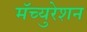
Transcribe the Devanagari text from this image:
मॅच्युरेशन